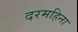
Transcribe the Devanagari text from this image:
दरमहिना